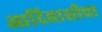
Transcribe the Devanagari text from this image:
आदिवासीचा